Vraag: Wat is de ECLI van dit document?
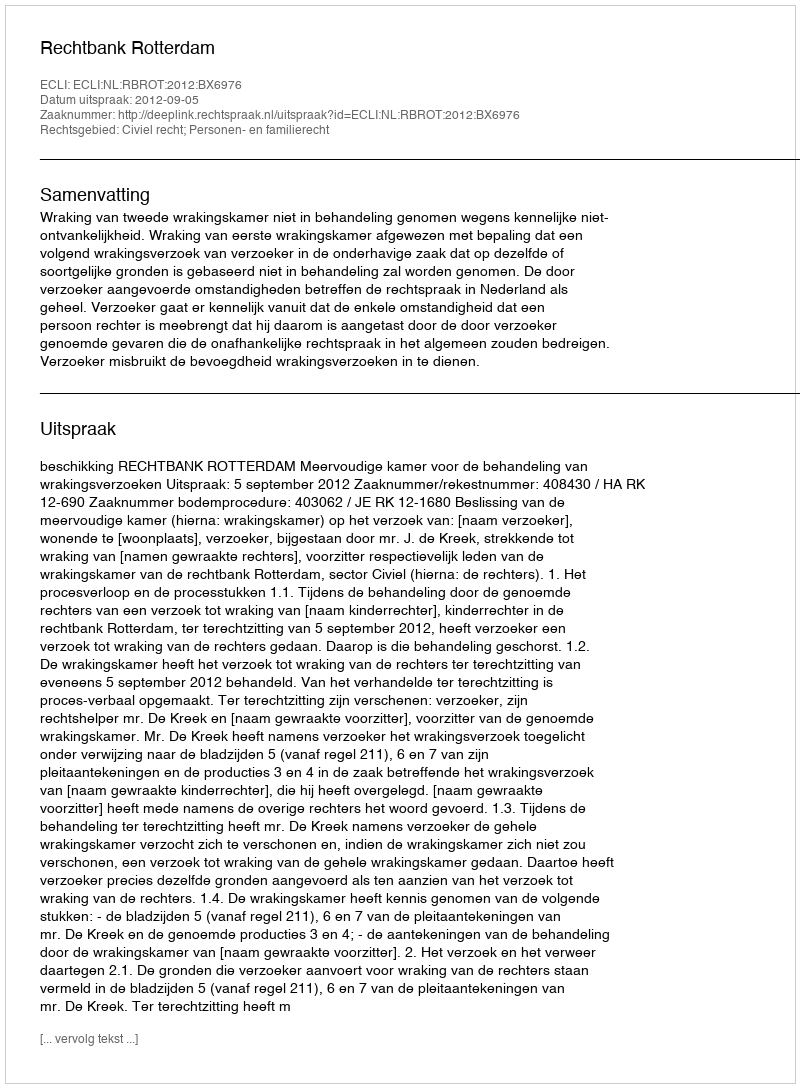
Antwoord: ECLI:NL:RBROT:2012:BX6976